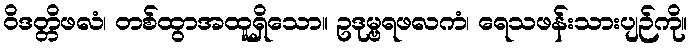
ဝိဒတ္တိဖလံ၊ တစ်ထွာအထူရှိသော။ ဥဒုမ္ဗရဖလကံ၊ ရေသဖန်းသားပျဉ်ကို။